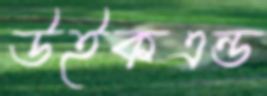
উইকএন্ড